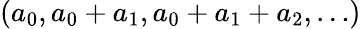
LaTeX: (a_{0},a_{0}+a_{1},a_{0}+a_{1}+a_{2},\ldots)